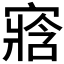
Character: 𡪁